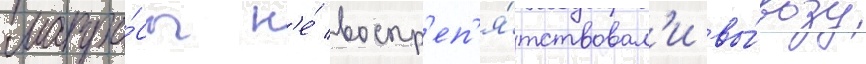
матро́сы н'е́ воспр'еп'я́тствовал'и вы́возу